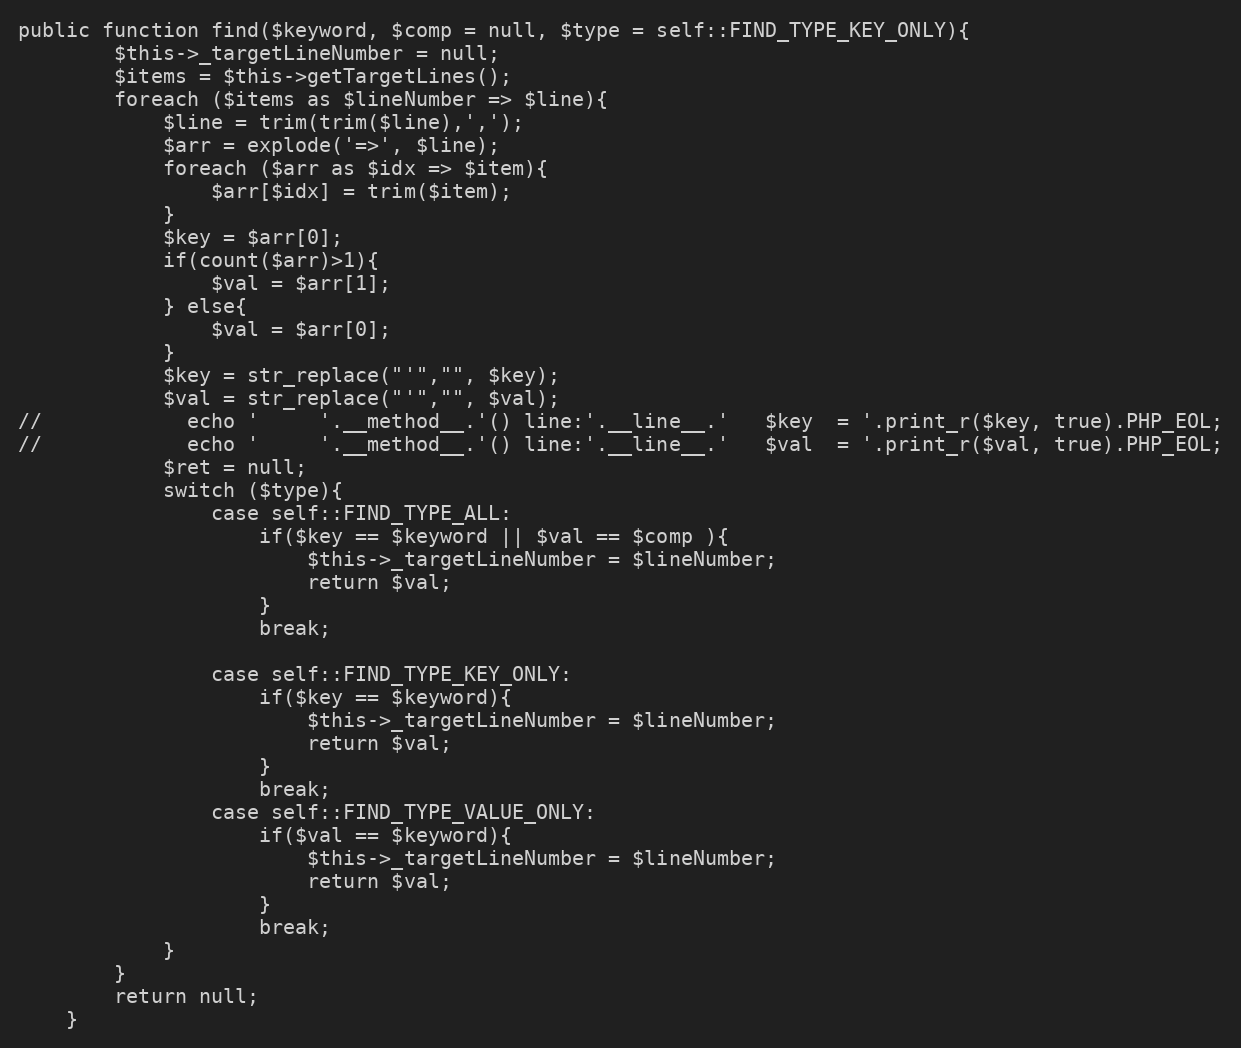
Language: PHP
public function find($keyword, $comp = null, $type = self::FIND_TYPE_KEY_ONLY){
        $this->_targetLineNumber = null;
        $items = $this->getTargetLines();
        foreach ($items as $lineNumber => $line){
            $line = trim(trim($line),',');
            $arr = explode('=>', $line);
            foreach ($arr as $idx => $item){
                $arr[$idx] = trim($item);
            }
            $key = $arr[0];
            if(count($arr)>1){
                $val = $arr[1];
            } else{
                $val = $arr[0];
            }
            $key = str_replace("'","", $key);
            $val = str_replace("'","", $val);
//            echo '     '.__method__.'() line:'.__line__.'   $key  = '.print_r($key, true).PHP_EOL;
//            echo '     '.__method__.'() line:'.__line__.'   $val  = '.print_r($val, true).PHP_EOL;
            $ret = null;
            switch ($type){
                case self::FIND_TYPE_ALL:
                    if($key == $keyword || $val == $comp ){
                        $this->_targetLineNumber = $lineNumber;
                        return $val;
                    }
                    break;

                case self::FIND_TYPE_KEY_ONLY:
                    if($key == $keyword){
                        $this->_targetLineNumber = $lineNumber;
                        return $val;
                    }
                    break;
                case self::FIND_TYPE_VALUE_ONLY:
                    if($val == $keyword){
                        $this->_targetLineNumber = $lineNumber;
                        return $val;
                    }
                    break;
            }
        }
        return null;
    }